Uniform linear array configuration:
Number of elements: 16
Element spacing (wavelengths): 0.5
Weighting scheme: blackman
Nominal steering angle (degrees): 60
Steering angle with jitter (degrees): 61.748
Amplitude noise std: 0.05
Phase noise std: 0.05

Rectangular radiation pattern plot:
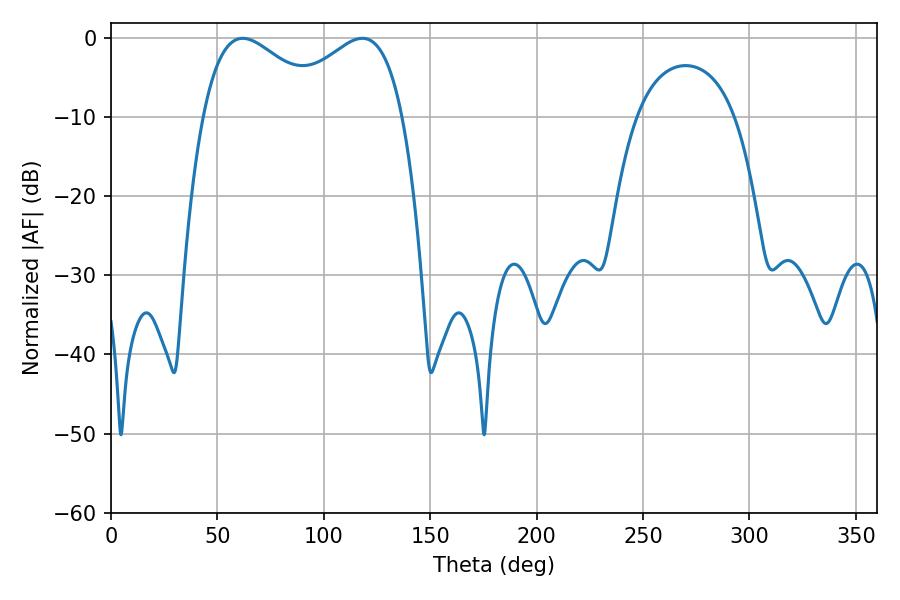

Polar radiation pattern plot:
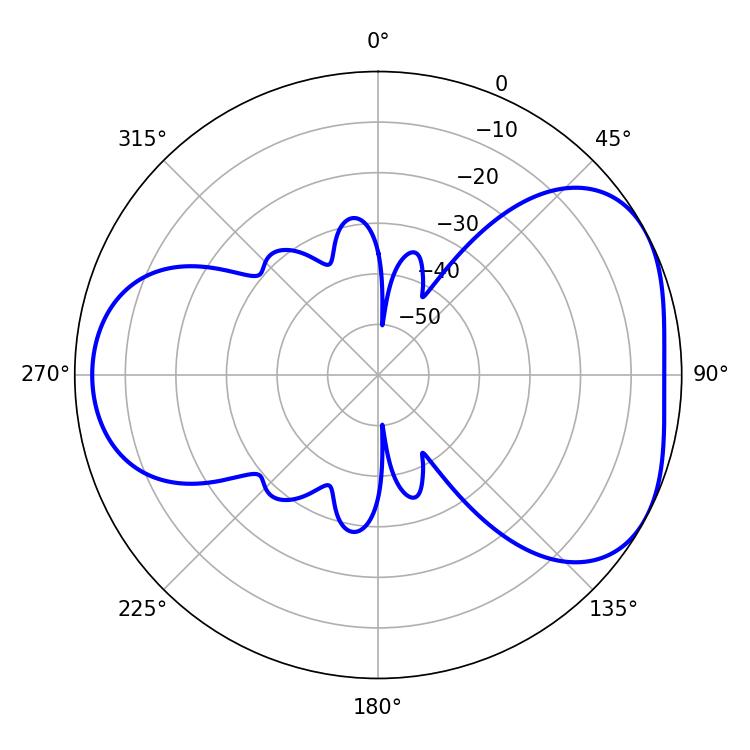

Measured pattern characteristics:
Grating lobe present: FALSE
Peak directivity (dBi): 4.513
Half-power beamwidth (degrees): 32.22
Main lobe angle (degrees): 61.92